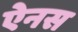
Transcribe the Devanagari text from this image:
ऐनस